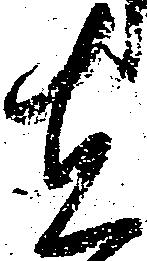
者